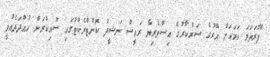
"ފުރަތަމަ ކަމަކަށް އޭރުގެ ސަރުކާރުގެ އިސްވެރިޔާ ރައީސް ނަޝީދު ކޮންޓްރެކްޓްގައި ސޮއިކުރަން ހުއްދަދެއްވީ